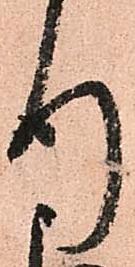
行